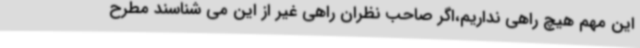
این مهم هیچ راهی نداریم،اگر صاحب نظران راهی غیر از این می شناسند مطرح